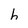
Character: h